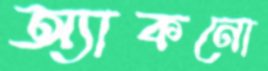
অ্যাকনো